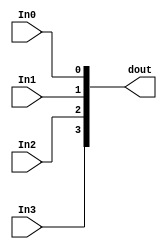
module design_1_microblaze_0_xlconcat_0
   (In0,
    In1,
    In2,
    In3,
    dout);
  input [0:0]In0;
  input [0:0]In1;
  input [0:0]In2;
  input [0:0]In3;
  output [3:0]dout;

  wire [0:0]In0;
  wire [0:0]In1;
  wire [0:0]In2;
  wire [0:0]In3;

  assign dout[3] = In3;
  assign dout[2] = In2;
  assign dout[1] = In1;
  assign dout[0] = In0;
endmodule